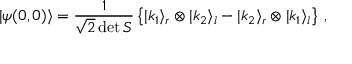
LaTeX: | \psi ( 0 , 0 ) \rangle = \frac { 1 } { \sqrt { 2 } \operatorname * { d e t } S } \left\{ | k _ { 1 } \rangle _ { r } \otimes | k _ { 2 } \rangle _ { l } - | k _ { 2 } \rangle _ { r } \otimes | k _ { 1 } \rangle _ { l } \right\} \, ,